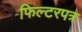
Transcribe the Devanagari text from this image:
फिल्टरपत्र